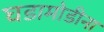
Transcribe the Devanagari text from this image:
घडामोडीना